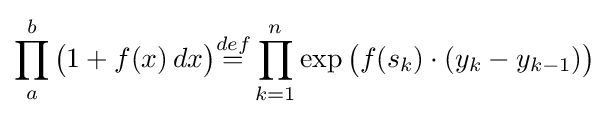
\prod _{a}^{b}{\big (}1+f(x)\,dx{\big )}{\overset {def}{=}}\prod _{k=1}^{n}\exp {\big (}f(s_{k})\cdot (y_{k}-y_{k-1}){\big )}